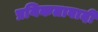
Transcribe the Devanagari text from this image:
प्रयिकतावादी